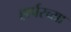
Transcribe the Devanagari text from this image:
हार्परच्या